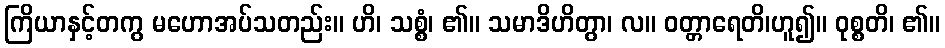
ကြိယာနှင့်တကွ မဟောအပ်သတည်း။ ဟိ၊ သစ္စံ၊ ၏။ သမာဒိဟိတွာ၊ လ။ ဝတ္တာရေတိ၊ဟူ၍။ ဝုစ္စတိ၊ ၏။